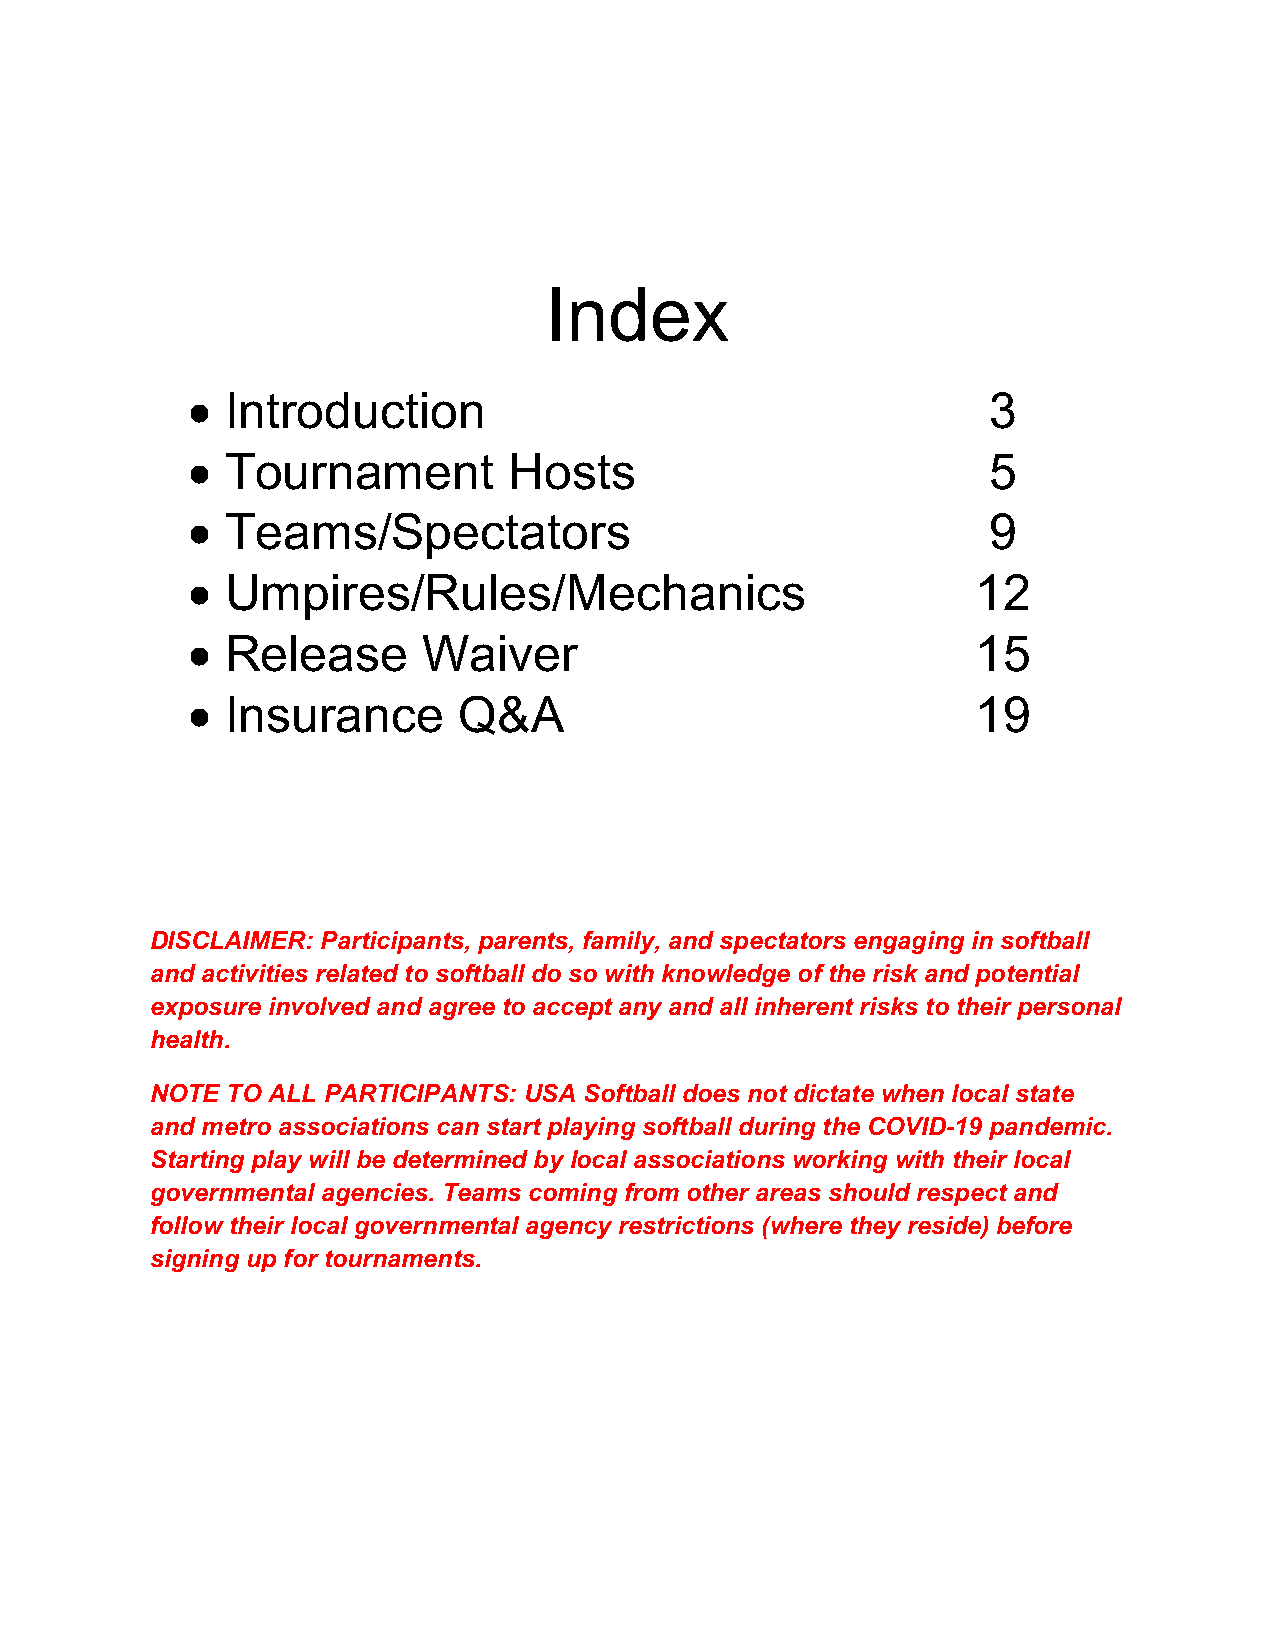
Index
 •  Introduction                                      3
 •  Tournament         Hosts                          5
 •  Teams/Spectators                                  9
 •  Umpires/Rules/Mechanics                           12
 •  Release      Waiver                               15
 •  Insurance      Q&A                                19
 DISCLAIMER: Participants, parents, family, and spectators engaging in softball
 and activities related to softball do so with knowledge of the risk and potential
 exposure involved and agree to accept any and all inherent risks to their personal
 health.
 NOTE TO ALL PARTICIPANTS: USA Softball does not dictate when local state
 and metro associations can start playing softball during the COVID-19 pandemic.
 Starting play will be determined by local associations working with their local
 governmental agencies. Teams coming from other areas should respect and
 follow their local governmental agency restrictions (where they reside) before
 signing up for tournaments.